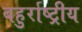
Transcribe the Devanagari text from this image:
बहुर्राष्ट्रीय